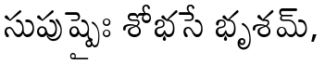
సుపుష్పైః శోభసే భృశమ్,